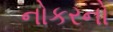
નોકરનો